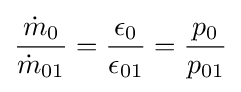
{\frac {{\dot {m}}_{0}}{{\dot {m}}_{01}}}={\frac {\epsilon _{0}}{\epsilon _{01}}}={\frac {p_{0}}{p_{01}}}